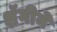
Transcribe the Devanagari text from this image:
शॅगीने